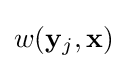
w(\mathbf {y} _{j},\mathbf {x} )